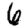
Digit: 6